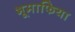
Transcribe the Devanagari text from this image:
भूमाफिया